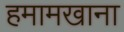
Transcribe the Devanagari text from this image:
हमामखाना